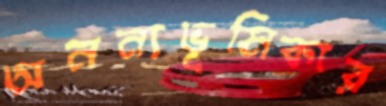
অনন্যভূমিকার